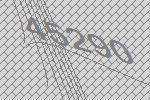
45290